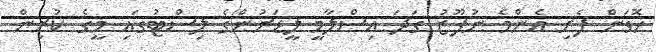
ހޮވަން ފެށި އެންމެ ނުފޫޒު ގަދަ އިސްލާމީ ލީޑަރުންގެ ލިސްޓުގައި މީގެ ކުރިން